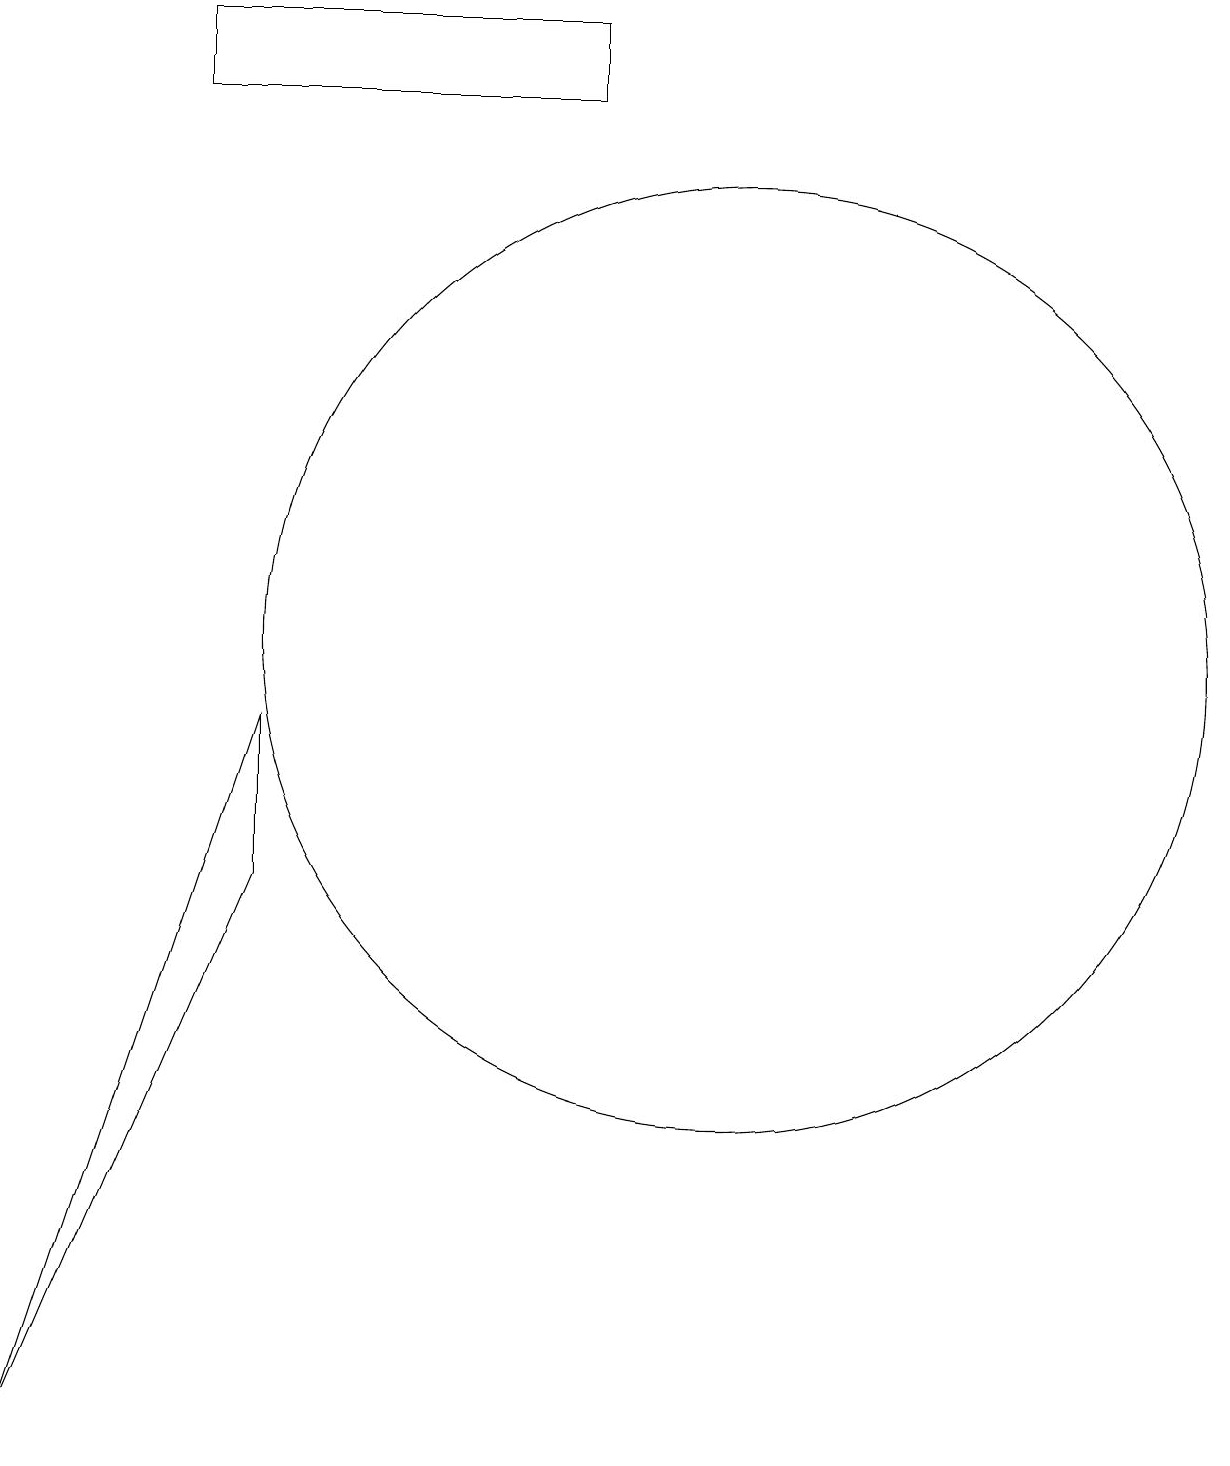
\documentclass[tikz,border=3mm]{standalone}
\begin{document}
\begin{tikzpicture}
\draw (2,0) -- (5,7) -- (5,9) -- cycle;
\draw (4,17) rectangle (9,18);
\draw (11,10) circle (6);
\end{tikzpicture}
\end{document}